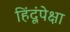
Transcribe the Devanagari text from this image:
हिंदूंपेक्षा